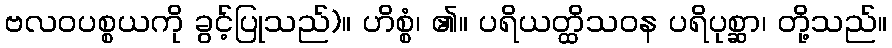
ဗလဝပစ္စယကို ခွင့်ပြုသည်)။ ဟိစ္စံ၊ ၏။ ပရိယတ္ထိသဝန ပရိပုစ္ဆာ၊ တို့သည်။